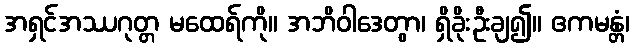
အရှင်အဿဂုတ္တ မထေရ်ကို။ အဘိဝါဒေတွာ၊ ရှိခိုးဦးချ၍။ ဧကမန္တံ၊